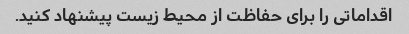
اقداماتی را برای حفاظت از محیط زیست پیشنهاد کنید.